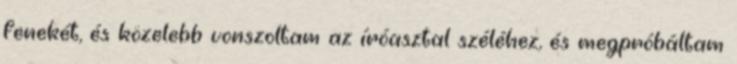
fenekét, és közelebb vonszoltam az íróasztal széléhez, és megpróbáltam